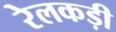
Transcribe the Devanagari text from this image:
रेलकड़ी